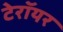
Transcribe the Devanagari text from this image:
टेरॉयर